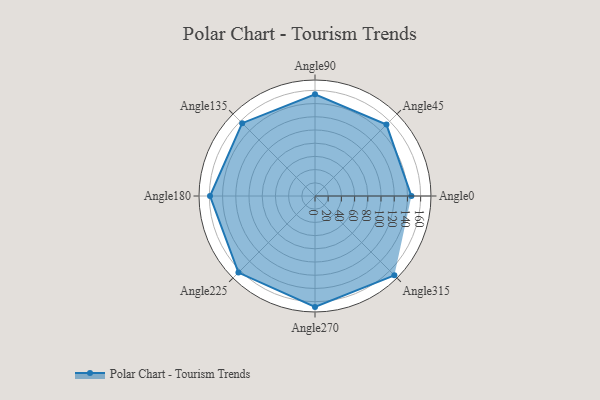
{"axis": {"x": "Angle", "y": "Radius"}, "legend": [""], "data": [{"x": "Angle0", "y": 146.0, "type": ""}, {"x": "Angle45", "y": 153.0, "type": ""}, {"x": "Angle90", "y": 154.0, "type": ""}, {"x": "Angle135", "y": 156.0, "type": ""}, {"x": "Angle180", "y": 159.0, "type": ""}, {"x": "Angle225", "y": 164.0, "type": ""}, {"x": "Angle270", "y": 168.0, "type": ""}, {"x": "Angle315", "y": 170, "type": ""}]}